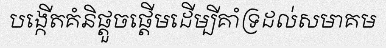
បង្កើតគំនិផ្តួចផ្តើមដើម្បីគាំទ្រដល់សមាគម